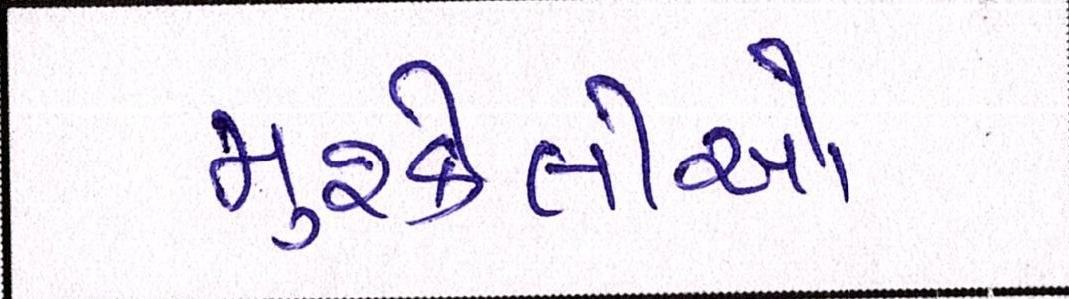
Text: મુશ્કેલીઓ